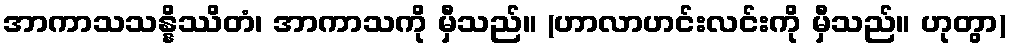
အာကာသသန္နိဿိတံ၊ အာကာသကို မှီသည်။ (ဟာလာဟင်းလင်းကို မှီသည်။ ဟုတွာ)